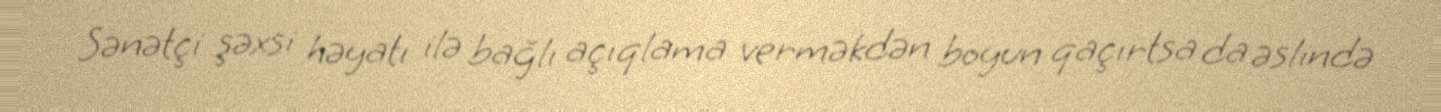
Sənətçi şəxsi həyatı ilə bağlı açıqlama verməkdən boyun qaçırtsa da əslində